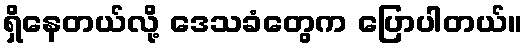
ရှိနေတယ်လို့ ဒေသခံတွေက ပြောပါတယ်။